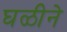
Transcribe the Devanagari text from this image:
घळीने